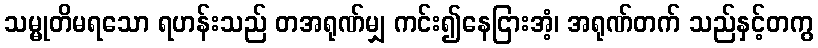
သမ္မုတိမရသော ရဟန်းသည် တအရုဏ်မျှ ကင်း၍နေငြားအံ့၊ အရုဏ်တက် သည်နှင့်တကွ